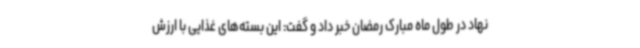
نهاد در طول ماه مبارک رمضان خبر داد و گفت: این بسته‌های غذایی با ارزش